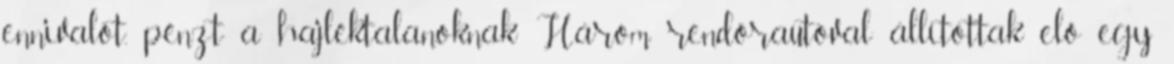
ennivalót, pénzt a hajléktalanoknak Három rendőrautóval állítottak elő egy